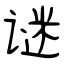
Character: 谜